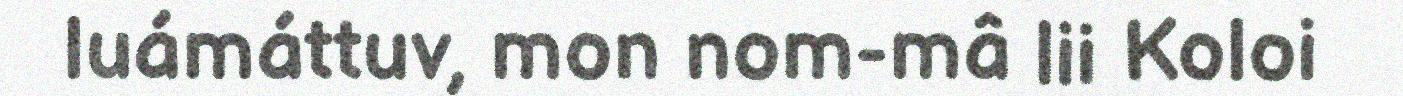
luámáttuv, mon nom-mâ lii Koloi